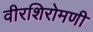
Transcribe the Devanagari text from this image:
वीरशिरोमणी